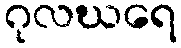
ဂုလဃရေ